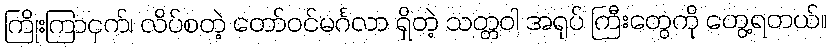
ကြိုးကြာငှက်၊ လိပ်စတဲ့ တော်ဝင်မင်္ဂလာ ရှိတဲ့ သတ္တဝါ အရုပ် ကြီးတွေကို တွေ့ရတယ်။